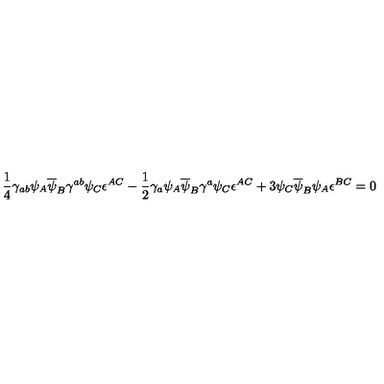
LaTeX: \frac { 1 } { 4 } \gamma _ { a b } \psi _ { A } \overline { { \psi } } _ { B } \gamma ^ { a b } \psi _ { C } \epsilon ^ { A C } - \frac { 1 } { 2 } \gamma _ { a } \psi _ { A } \overline { { \psi } } _ { B } \gamma ^ { a } \psi _ { C } \epsilon ^ { A C } + 3 \psi _ { C } \overline { { \psi } } _ { B } \psi _ { A } \epsilon ^ { B C } = 0